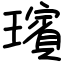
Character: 璸